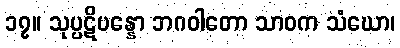
၁၇။ သုပ္ပဋိပန္နော ဘဂဝါတော သာဝက သံဃော၊